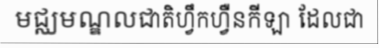
មជ្ឈមណ្ឌលជាតិហ្វឹកហ្វឺនកីឡា ដែលជា